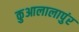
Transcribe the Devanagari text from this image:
कुआलालापुंर